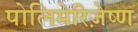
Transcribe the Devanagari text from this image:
पोलिमेरिज़ेष्ण